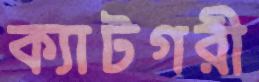
ক্যাটগরী